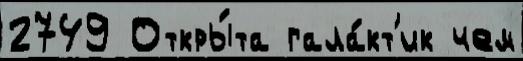
2749 Откры́та гала́кт'ик чем